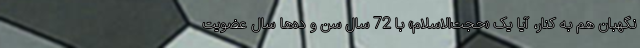
نگهبان هم به کنار، آیا یک «حجت‌الاسلام» با 72 سال سن و ده‌ها سال عضویت